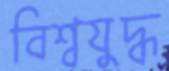
বিশ্বযুদ্ধ